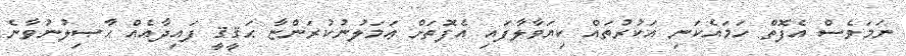
ނަމަވެސް އެފޮތް ހަމައެކަނި އަކުރުތައް ކިޔަވާލާފައި އެފޮތަށް ޢަމަލުނުކުރަންޏާ ޙަޤީޤީ ފައިދާއެއް ޙާޞިލުނުވާނެ